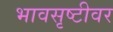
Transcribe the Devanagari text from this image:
भावसृष्टीवर